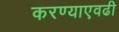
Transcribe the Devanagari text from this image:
करण्याएवढी